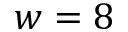
w = 8